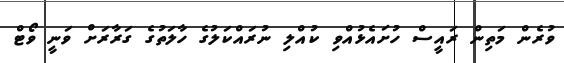
ވުރެން މަތިން ރައީސް ހުށައެޅުއްވި ކުއްްލި ނުރައްކަލުގެ ހާލަތުގެ ގަރާރަށް ވަނީ ވޯޓް